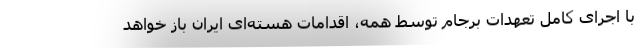
با اجرای کامل تعهدات برجام توسط همه، اقدامات هسته‌ای ایران باز خواهد